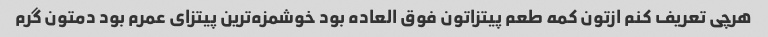
هرچی تعریف کنم ازتون کمه طعم پیتزاتون فوق العاده بود خوشمزه‌ترین پیتزای عمرم بود دمتون گرم